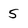
Character: 5